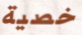
خصية